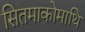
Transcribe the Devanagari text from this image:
सितमाकोमाथि